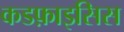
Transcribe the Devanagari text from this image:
कडफ़ाइसिस